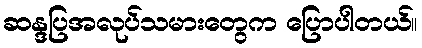
ဆန္ဒပြအလုပ်သမားတွေက ပြောပါတယ်။